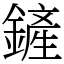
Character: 鏟